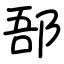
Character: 郚